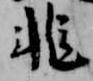
非